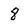
Character: 8